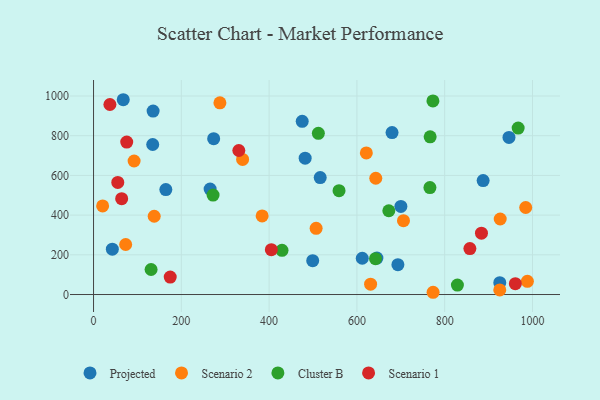
{"axis": {"x": "Study Hours", "y": "Profit"}, "legend": ["Cluster B", "Projected", "Scenario 1", "Scenario 2"], "data": [{"x": "499.3", "y": 170.3, "type": "Projected"}, {"x": "680.1", "y": 815.7, "type": "Projected"}, {"x": "475.4", "y": 872.4, "type": "Projected"}, {"x": "887.6", "y": 573.9, "type": "Projected"}, {"x": "612.2", "y": 182.8, "type": "Projected"}, {"x": "946.5", "y": 791.4, "type": "Projected"}, {"x": "516.4", "y": 589.0, "type": "Projected"}, {"x": "273.7", "y": 785.1, "type": "Projected"}, {"x": "134.8", "y": 755.7, "type": "Projected"}, {"x": "925.5", "y": 59.5, "type": "Projected"}, {"x": "482.1", "y": 686.9, "type": "Projected"}, {"x": "700.2", "y": 443.7, "type": "Projected"}, {"x": "164.7", "y": 528.6, "type": "Projected"}, {"x": "67.7", "y": 981.3, "type": "Projected"}, {"x": "135.7", "y": 924.1, "type": "Projected"}, {"x": "693.4", "y": 150.3, "type": "Projected"}, {"x": "265.6", "y": 531.0, "type": "Projected"}, {"x": "645.6", "y": 183.5, "type": "Projected"}, {"x": "42.8", "y": 228.2, "type": "Projected"}, {"x": "339.6", "y": 680.4, "type": "Scenario 2"}, {"x": "631.2", "y": 52.3, "type": "Scenario 2"}, {"x": "621.5", "y": 713.5, "type": "Scenario 2"}, {"x": "984.6", "y": 438.3, "type": "Scenario 2"}, {"x": "507.1", "y": 333.3, "type": "Scenario 2"}, {"x": "138.2", "y": 394.3, "type": "Scenario 2"}, {"x": "925.5", "y": 23.0, "type": "Scenario 2"}, {"x": "643.0", "y": 585.7, "type": "Scenario 2"}, {"x": "73.2", "y": 252.0, "type": "Scenario 2"}, {"x": "384.1", "y": 396.0, "type": "Scenario 2"}, {"x": "287.9", "y": 965.8, "type": "Scenario 2"}, {"x": "926.5", "y": 380.5, "type": "Scenario 2"}, {"x": "773.6", "y": 11.3, "type": "Scenario 2"}, {"x": "706.1", "y": 371.8, "type": "Scenario 2"}, {"x": "92.4", "y": 672.5, "type": "Scenario 2"}, {"x": "20.7", "y": 446.3, "type": "Scenario 2"}, {"x": "988.4", "y": 66.7, "type": "Scenario 2"}, {"x": "559.3", "y": 523.2, "type": "Cluster B"}, {"x": "967.4", "y": 838.5, "type": "Cluster B"}, {"x": "773.2", "y": 975.5, "type": "Cluster B"}, {"x": "642.4", "y": 180.8, "type": "Cluster B"}, {"x": "829.0", "y": 47.4, "type": "Cluster B"}, {"x": "272.3", "y": 501.2, "type": "Cluster B"}, {"x": "512.2", "y": 811.8, "type": "Cluster B"}, {"x": "429.4", "y": 222.6, "type": "Cluster B"}, {"x": "131.1", "y": 126.0, "type": "Cluster B"}, {"x": "766.9", "y": 794.2, "type": "Cluster B"}, {"x": "672.7", "y": 422.0, "type": "Cluster B"}, {"x": "766.4", "y": 538.7, "type": "Cluster B"}, {"x": "55.2", "y": 564.7, "type": "Scenario 1"}, {"x": "857.4", "y": 231.5, "type": "Scenario 1"}, {"x": "75.6", "y": 768.2, "type": "Scenario 1"}, {"x": "331.0", "y": 725.5, "type": "Scenario 1"}, {"x": "405.1", "y": 225.9, "type": "Scenario 1"}, {"x": "174.7", "y": 88.0, "type": "Scenario 1"}, {"x": "64.1", "y": 482.7, "type": "Scenario 1"}, {"x": "37.3", "y": 957.3, "type": "Scenario 1"}, {"x": "883.8", "y": 309.0, "type": "Scenario 1"}, {"x": "961.0", "y": 54.7, "type": "Scenario 1"}]}